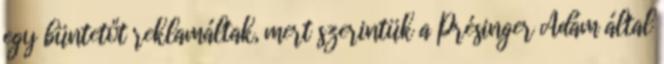
egy büntetőt reklamáltak, mert szerintük a Présinger Ádám által